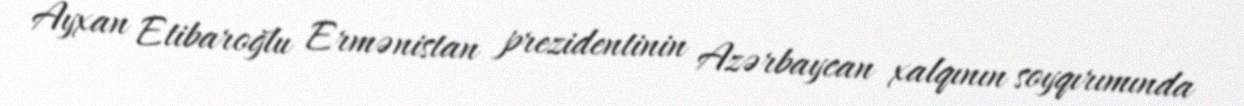
Ayxan Etibaroğlu Ermənistan prezidentinin Azərbaycan xalqının soyqırımında